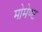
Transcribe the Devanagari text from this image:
मोमेण्ट